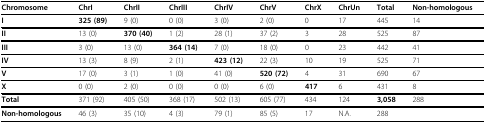
<table><thead><tr><td><b>Chromosome</b></td><td><b>ChrI</b></td><td><b>ChrII</b></td><td><b>ChrIII</b></td><td><b>ChrIV</b></td><td><b>ChrV</b></td><td><b>ChrX</b></td><td><b>ChrUn</b></td><td><b>Total</b></td><td><b>Non-homologous</b></td></tr></thead><tbody><tr><td><b>I</b></td><td><b>325 (89)</b></td><td>9 (0)</td><td>0 (0)</td><td>3 (0)</td><td>2 (0)</td><td>0</td><td>17</td><td>445</td><td>14</td></tr><tr><td><b>II</b></td><td>13 (0)</td><td><b>370 (40)</b></td><td>1 (2)</td><td>28 (1)</td><td>37 (2)</td><td>3</td><td>28</td><td>525</td><td>87</td></tr><tr><td><b>III</b></td><td>3 (0)</td><td>13 (0)</td><td><b>364 (14)</b></td><td>7 (0)</td><td>18 (0)</td><td>0</td><td>23</td><td>442</td><td>41</td></tr><tr><td><b>IV</b></td><td>13 (3)</td><td>8 (9)</td><td>2 (1)</td><td><b>423 (12)</b></td><td>22 (3)</td><td>10</td><td>19</td><td>525</td><td>71</td></tr><tr><td><b>V</b></td><td>17 (0)</td><td>3 (1)</td><td>1 (0)</td><td>41 (0)</td><td><b>520 (72)</b></td><td>4</td><td>31</td><td>690</td><td>67</td></tr><tr><td><b>X</b></td><td>0 (0)</td><td>2 (0)</td><td>0 (0)</td><td>0 (0)</td><td>6 (0)</td><td><b>417</b></td><td>6</td><td>431</td><td>8</td></tr><tr><td><b>Total</b></td><td>371 (92)</td><td>405 (50)</td><td>368 (17)</td><td>502 (13)</td><td>605 (77)</td><td>434</td><td>124</td><td><b>3,058</b></td><td>288</td></tr><tr><td><b>Non-homologous</b></td><td>46 (3)</td><td>35 (10)</td><td>4 (3)</td><td>79 (1)</td><td>85 (5)</td><td>17</td><td>N.A.</td><td>288</td><td></td></tr></tbody></table>